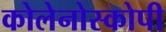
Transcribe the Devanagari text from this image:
कोलेनोस्कोपी